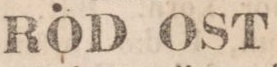
RÖD OST